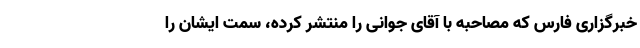
خبرگزاری فارس که مصاحبه با آقای جوانی را منتشر کرده، سمت ایشان را